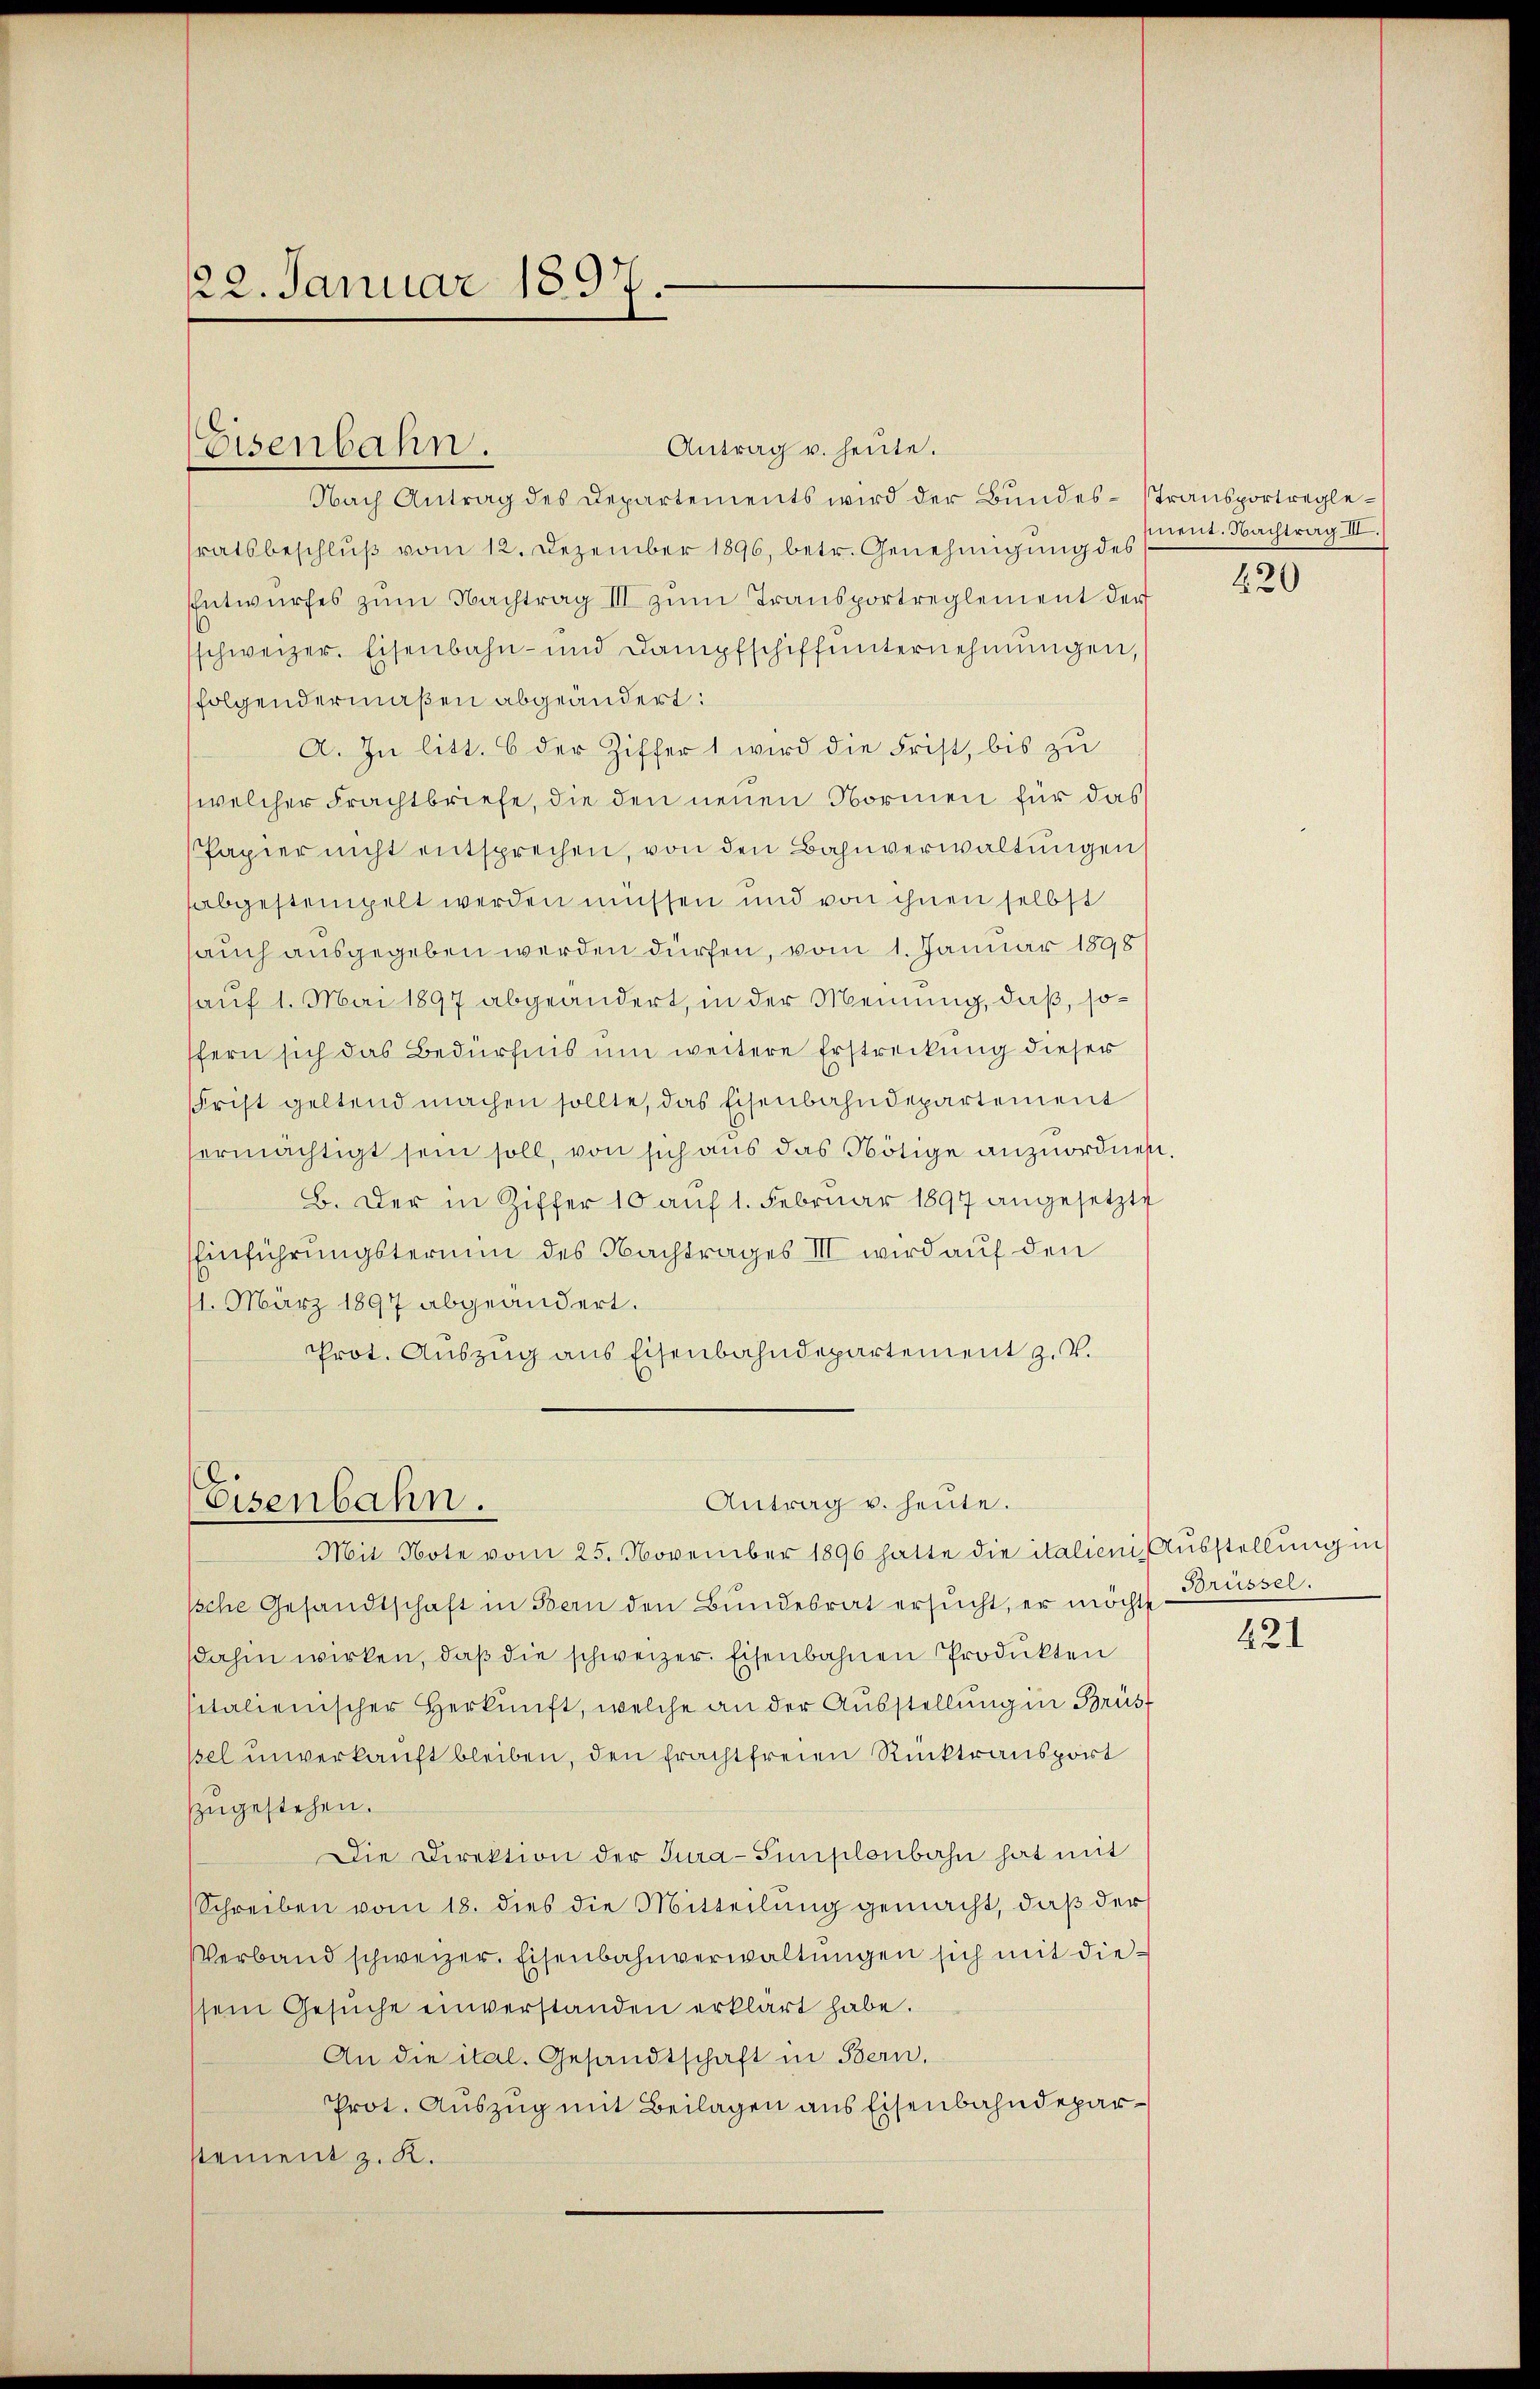
22. Januar 1897.

Antrag u. heute.
Nach Antrag des Departements wird der Bundes-stransportreglesratsbeschluß vom 12. Dezember 1896, betr. Genehmigung des
Entwurfes zum Nachtrag III zum Transportreglement der
schweizer. Eisenbahn- und Dampfschiffunternehmungen,
folgendermaßen abgeändert:
A. In litt. 6 der Ziffer 1 wird die Frist, bis zu
welcher Frachtbriefe, die den neuen Normen für das
Papier nicht entsprechen, von den Bahnverwaltungen
sabgestempelt werden müssen und von ihnen selbst
auch ausgegeben werden dürfen, vom 1. Januar 1898
auf 1. Mai 1897 abgeändert, in der Meinung, daß, soffern sich das Bedürfnis um weitere Erstreckung dieser
Frist geltend machen sollte, das Eisenbahndepartement
ermächtigt sein soll, von sich aus das Nötige anzuordnen.
B. Der in Ziffer 10 auf 1. Februar 1897 angesetzte
Einführungstermin des Nachtrages III wird auf den
11. März 1897 abgeändert.
Prot. Auszug aus Eisenbahndepartement z. B.

Eisenbahn.

Antrag v. heute.
Eisenbahn.
Mit Note vom 25. November 1896 hatte die italieni, Ausstellung in

sche Gesandtschaft in Bern den Bundesrat ersucht, er möchte
dahin wirken, daβ die schweizer. Eisenbahnen Produkten
sitalienischer Herkunft, welche an der Aŭsstellŭng in Brüs
sel unverkauft bleiben, den Erachtfreien Rücktransport
zugestehen.
Die Direktion der Jura-Simplonbahn hat mit
Schreiben vom 18. dies die Mitteilung gemacht, daß der
Verband schweizer. Eisenbahnverwaltŭngen sich mit diesein Gesŭche einverstanden erklärt habe.
An die ital. Gesandtschaft in Bern,
Prot. Auszug mit Beilagen aus Eisenbahndeparstement z. K.

ment. Nachtrag III.

420

Brüssel.

421